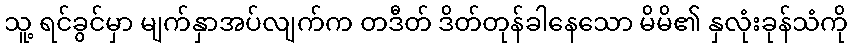
သူ့ ရင်ခွင်မှာ မျက်နှာအပ်လျက်က တဒီတ် ဒိတ်တုန်ခါနေသော မိမိ၏ နှလုံးခုန်သံကို